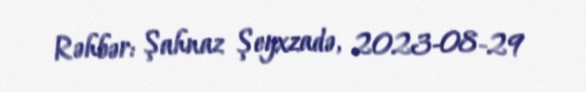
Rəhbər: Şahnaz Şeyxzadə, 2023-08-29